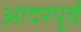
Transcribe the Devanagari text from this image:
आदरपूर्व